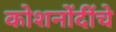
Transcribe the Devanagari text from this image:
कोशनोंदींचे